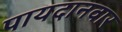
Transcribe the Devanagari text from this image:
पायदानवार